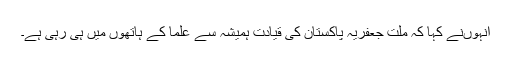
انہوںنے کہا کہ ملت جعفریہ پاکستان کی قیادت ہمیشہ سے علما کے ہاتھوں میں ہی رہی ہے۔